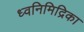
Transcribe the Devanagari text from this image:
ध्वनिमिद्रिका